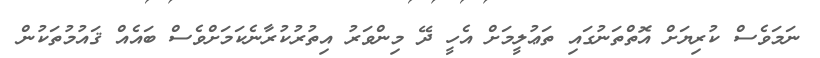
ނަމަވެސް ކުރިޔަށް އޮތްތަނުގައި ތަޢުލީމަށް އެހީ ދޭ މިންވަރު އިތުރުކުރާނެކަމަށްވެސް ބައެއް ޤައުމުތަކުން